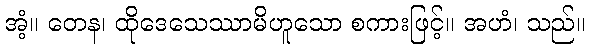
အံ့။ တေန၊ ထိုဒေသေဿာမိဟူသော စကားဖြင့်။ အဟံ၊ သည်။